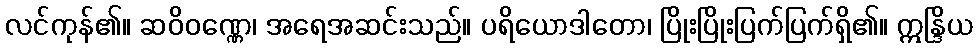
လင်ကုန်၏။ ဆဝိဝဏ္ဏေ၊ အရေအဆင်းသည်။ ပရိယောဒါတော၊ ပြိုးပြိုးပြက်ပြက်ရှိ၏။ ဣန္ဒြိယ